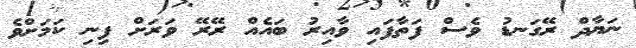
ނަޔާދް ރޭގަނޑު ވެސް ފަތާފައި ވާއިރު ބައެއް ރޭރޭ ވަރަށް ފިނި ކަމަށްވެ